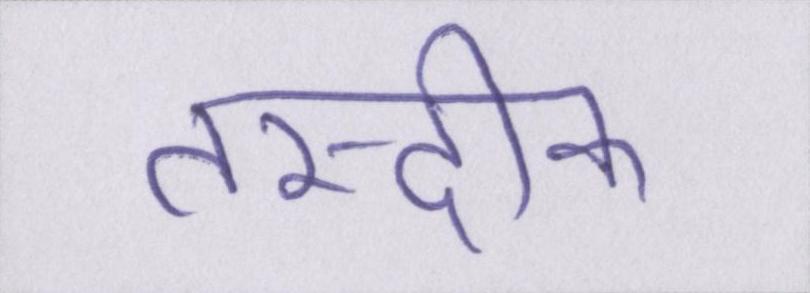
तस्दीक